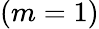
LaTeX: (m=1)